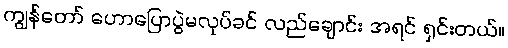
ကျွန်တော် ဟောပြောပွဲမလုပ်ခင် လည်ချောင်း အရင် ရှင်းတယ်။